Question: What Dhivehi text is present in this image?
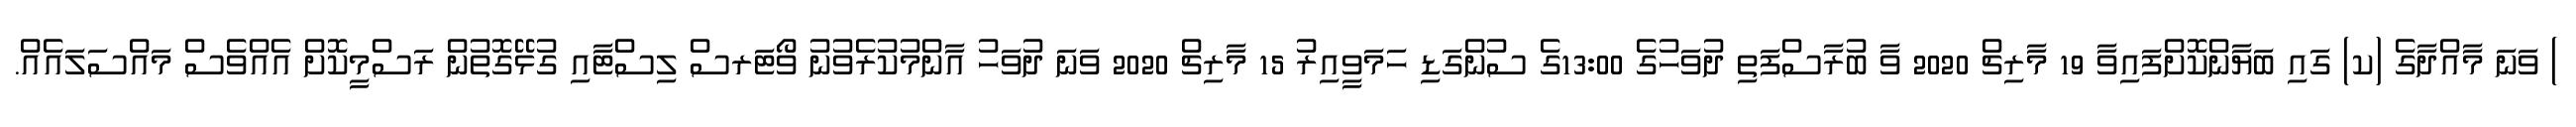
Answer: ) ވަނަ މާއްދާގެ (ކ) ގައި ބަޔާންކޮށްފައިވާ 19 މާރިޗް 2020 ވާ ބުރާސްފަތި ދުވަހުގެ 13:00ގެ ސުންގަޑި ހަމަވީއިރު 15 މާރިޗް 2020 ވަނަ ދުވަހު އާންމުކުރެވުނު ވޯޓަރސް ލިސްޓާއި ގުޅޭގޮތުން ރަސްމީކޮށް އެއްވެސް މައްސަލައެއް.